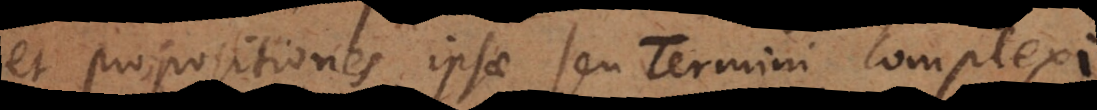
et propositiones ipsae seu Termini complexi